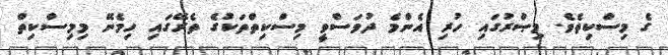
ގެ މިސްކިތެވެ. މިޞްރުގައި ހުރި އެންމެ ދުވަސްވީ މިސްކިތްތަކުގެ ތެރޭގައި ހިމެނޭ މިމިސްކިތް